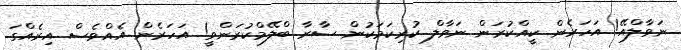
ނަވާލްއޭ! އަހަރެން ކީއްކުރަން ނަވާލް ކުރިކަމަކުން ސާރާ ބްލޭމްކުރަންވީ! އަހަރެން އެއްވެސް އިރެއްގަ